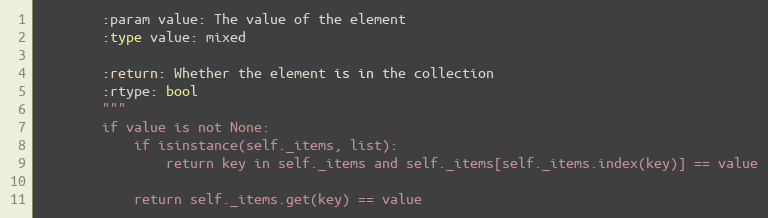
Language: Python
        :param value: The value of the element
        :type value: mixed

        :return: Whether the element is in the collection
        :rtype: bool
        """
        if value is not None:
            if isinstance(self._items, list):
                return key in self._items and self._items[self._items.index(key)] == value

            return self._items.get(key) == value